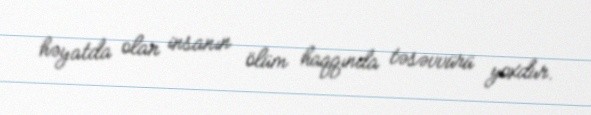
həyatda olan insanın ölüm haqqında təsəvvürü yoxdur.